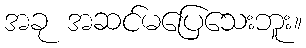
အခု အဆင်မပြေသေးဘူး။